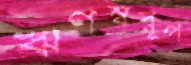
ঋণস্বরূপ